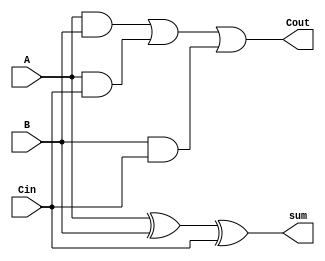
 ///////////////////////////////////////////////////////////////////////////////
 //
 // Class:  CS/ECE 3700
 // Module: full_adder.v
 // Project: LAB #2 - Arithmetic Circuits
 // Description: Design a 4-bit Carry-Select Adder with full-adder & ripple carry adder
 //   1_bit full adder verilog module (Structural)
 //
 ///////////////////////////////////////////////////////////////////////////////

module full_adder(Cin, A, B, sum, Cout);
	input Cin, A, B;
	output sum, Cout;
	
	assign sum = A ^ B ^ Cin;
	assign Cout = (A & B) | (A & Cin) | (B & Cin);
endmodule